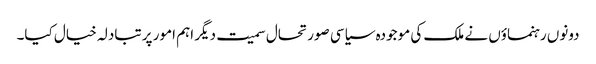
دونوں رہنماؤں نے ملک کی موجودہ سیاسی صورتحال سمیت دیگر اہم امور پر تبادلہ خیال کیا۔